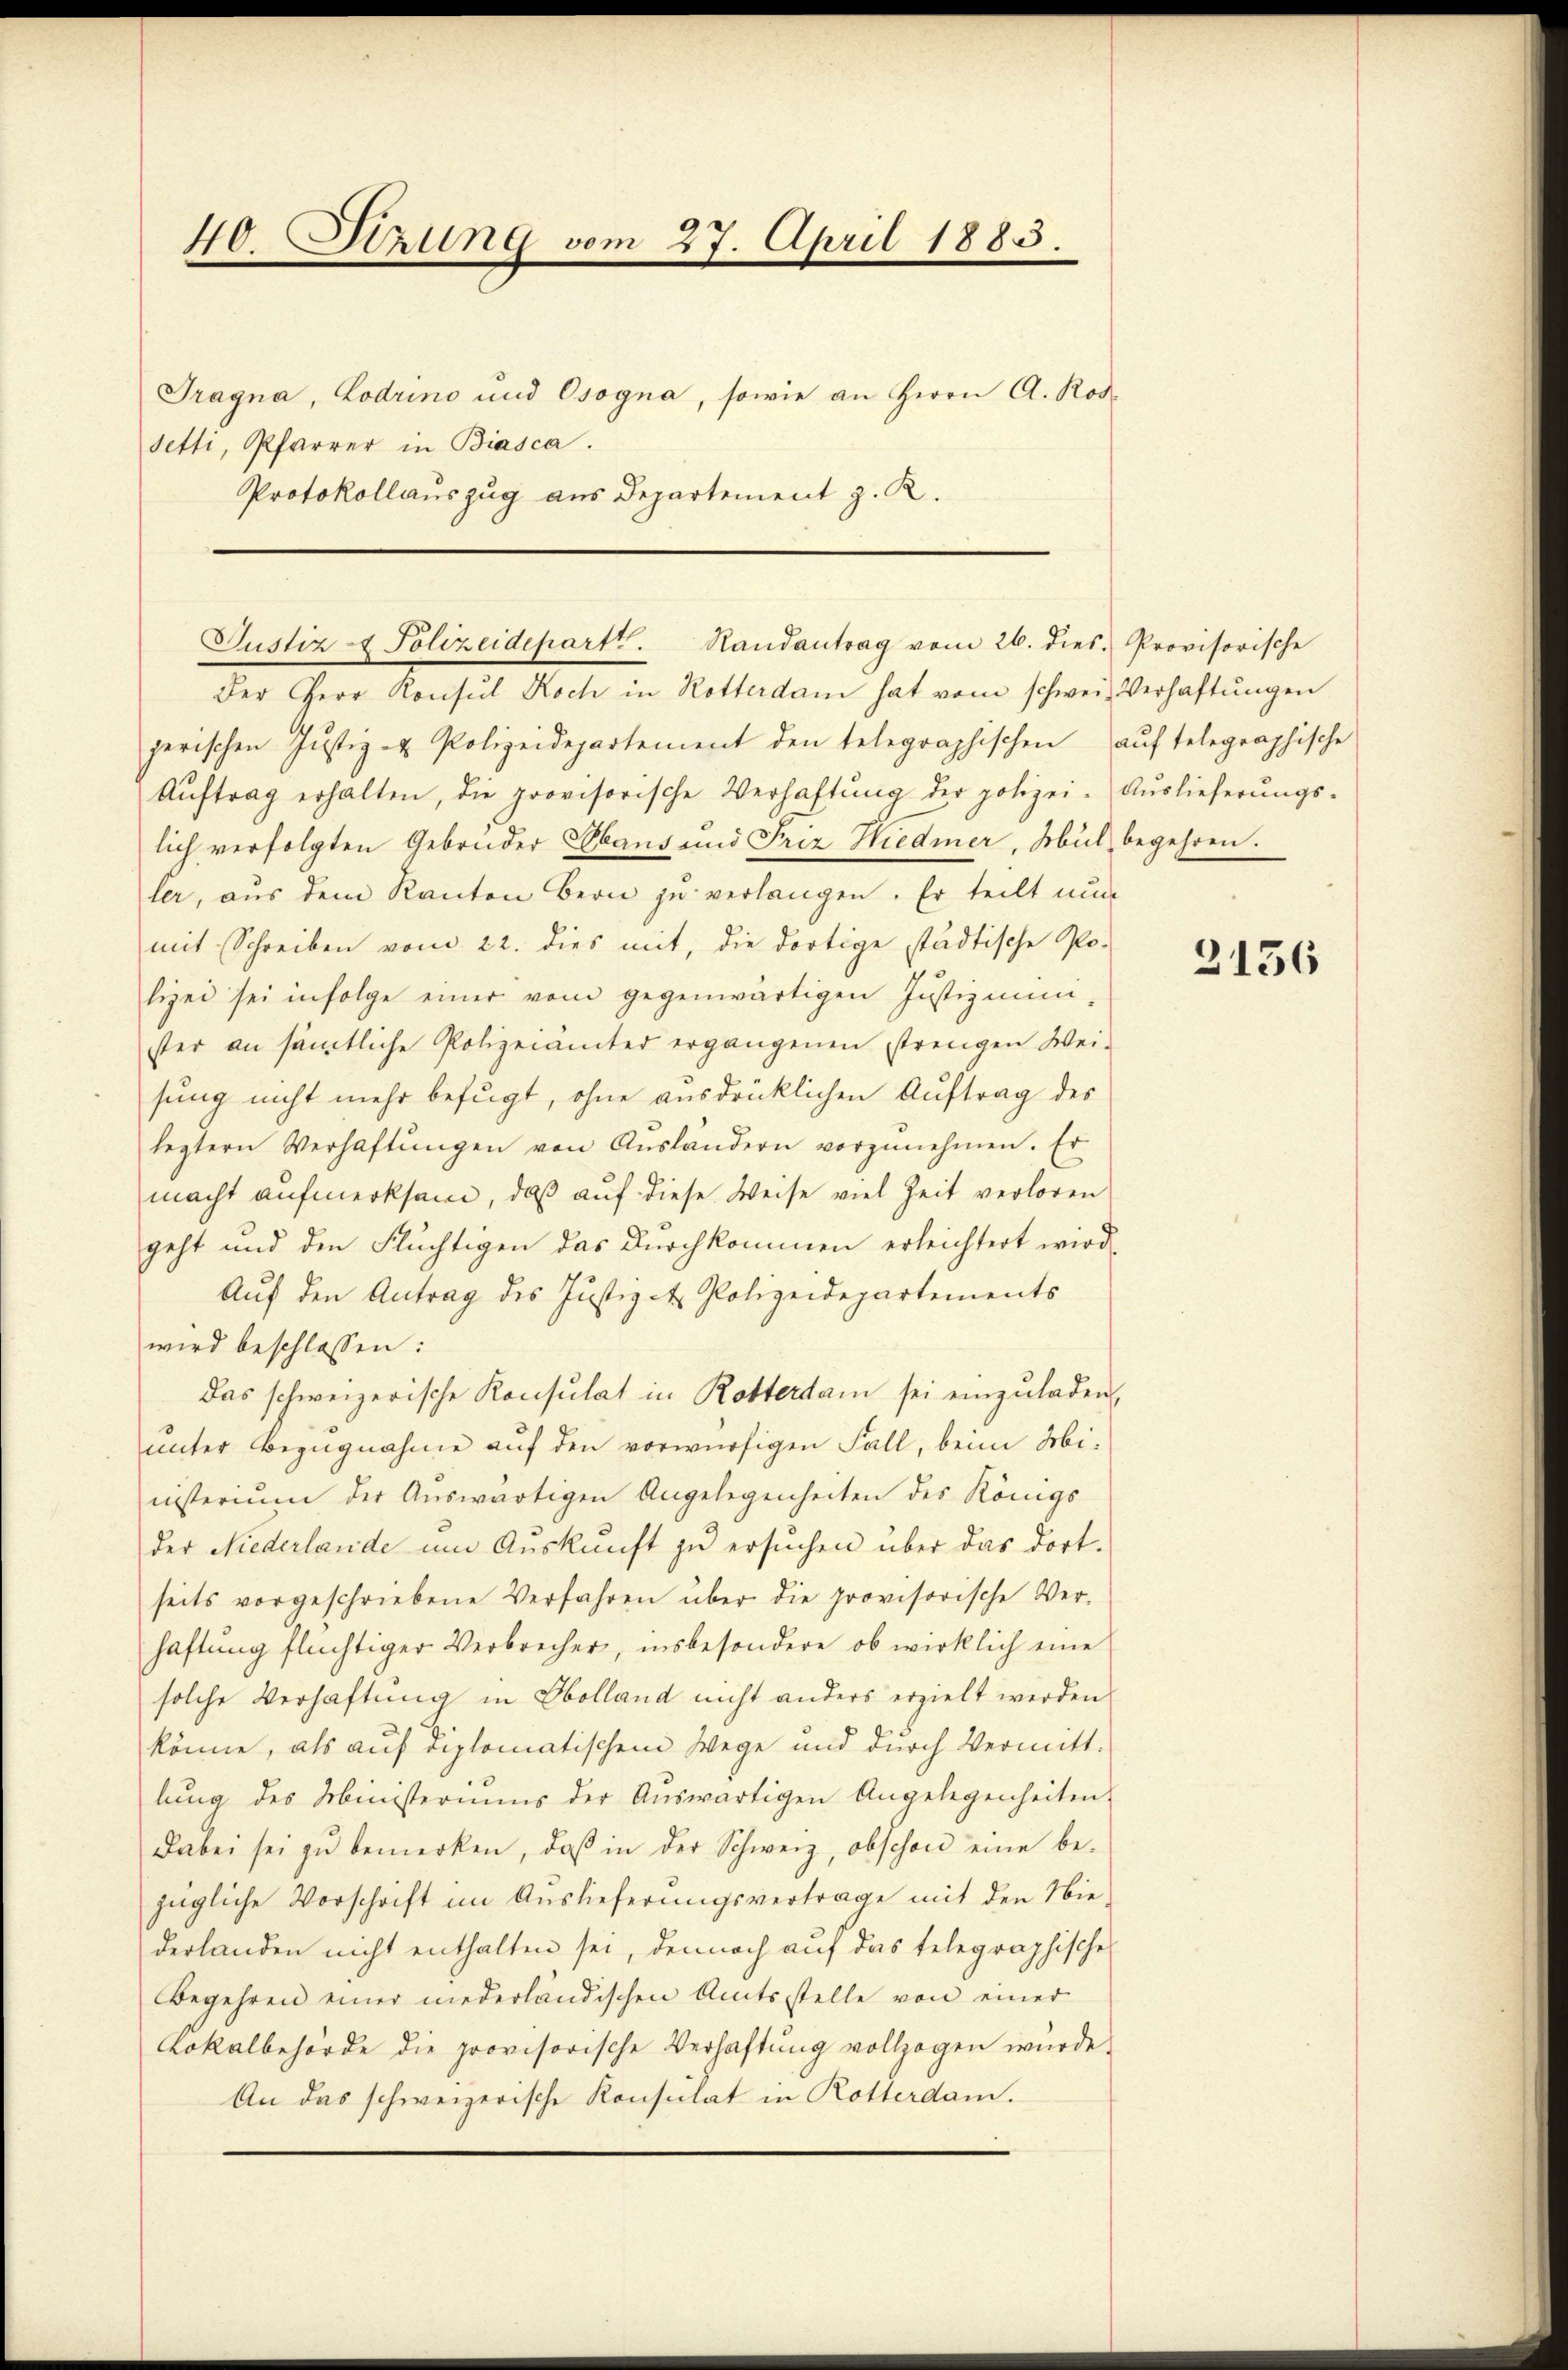
40. Stzung vom 27. April 1883.

Tragna, Lodrino und Osogna, sowie an Herrn A. Rod¬
Setti, Pfarrer in Biasca.
Protokollauszug aus Departement z. R.

Justiz- & Polizeidepartt. Handantrag vom 26. dies. Provisorische

Der Herr Konsul Koch in Rotterdam hat vom schweiz Verhaftungen
perischen Justiz- & Polizeidepartement den telegraphischen auf telegraphische
Aŭftrag erhalten, die provisorische Verhaftŭng der polizei- Aŭslieferŭngs-
lich verfolgten Gebrüder Sebaus und Friz Hiedmer, Mül begehren.
ler, aŭs dem Kanton Bern zŭ verlangen. Er teilt nŭn
mit Schreiben vom 22. dies mit, die dortige städtische Po-
lizei sei infolge einer vom gegenwärtigen Justizmini-
ster an sämtliche Polizeiamter ergangenen strengen Wei-
sung nicht mehr befugt, ohne ausdrücklichen Auftrag des
leztern Verhaftŭngen von Aŭsländern vorzŭnehmen. Er
macht aufmerksam, daß auf diese Weise viel Zeit verloren
geht und den Flüchtigen das Durchkommen erleichtert wird.
Auf den Antrag des Justiz - Polizeidepartements
wird beschlossen:
Das schweizerische Konsulat in Rotterdam sei einzuladen,
unter Bezugnahme auf den vorwürfigen Fall, beim Miiisterium der Auswärtigen Angelegenheiten des Königs
der Niederlande um Auskunft zu ersuchen über das dortseits vorgeschriebene Verfahren über die provisorische Ver-
haftung flüchtiger Verbrecher, insbesondere ob wirklich eine
solche Verhaftung in Obolland nicht anders erzielt werden
könne, als auf diplomatischem Wege und durch Vermitt-
lŭng des Ministeriums der Aŭswärtigen Angelegenheiten
Dabei sei zŭ bemerken, daβ in der Schweiz, obschon eine be-
zügliche Vorschrift im Auslieferungsvertrage mit den Niederlanden nicht enthalten sei, dennoch auf das telegraphische
Begehren einer niederländischen Amtsstelle von einer
Lokalbehörde die provisorische Verhaftung vollzogen würde.
An das schweizerische Konsulat in Rotterdam.

3156